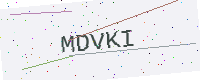
Text: MDVKI